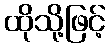
ထိုသို့ဖြင့်